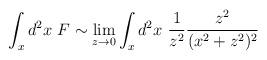
LaTeX: \begin{align*}\int_x d^2 x \ F \sim \lim_{z\rightarrow 0}\int_x d^2 x \ {1\over z^2}{z^2\over(x^2+z^2)^2}\end{align*}